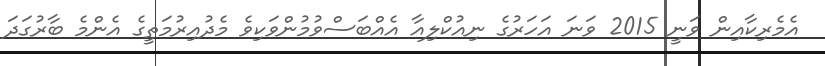
އެމެރިކާއިން ވަނީ 2015 ވަނަ އަހަރުގެ ނިއުކްލިއާ އެއްބަސްވުމުންވަކިވެ މެދުއިރުމަތީގެ އެންމެ ބާރުގަދަ